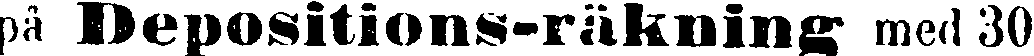
på Depositions-räkning med 30